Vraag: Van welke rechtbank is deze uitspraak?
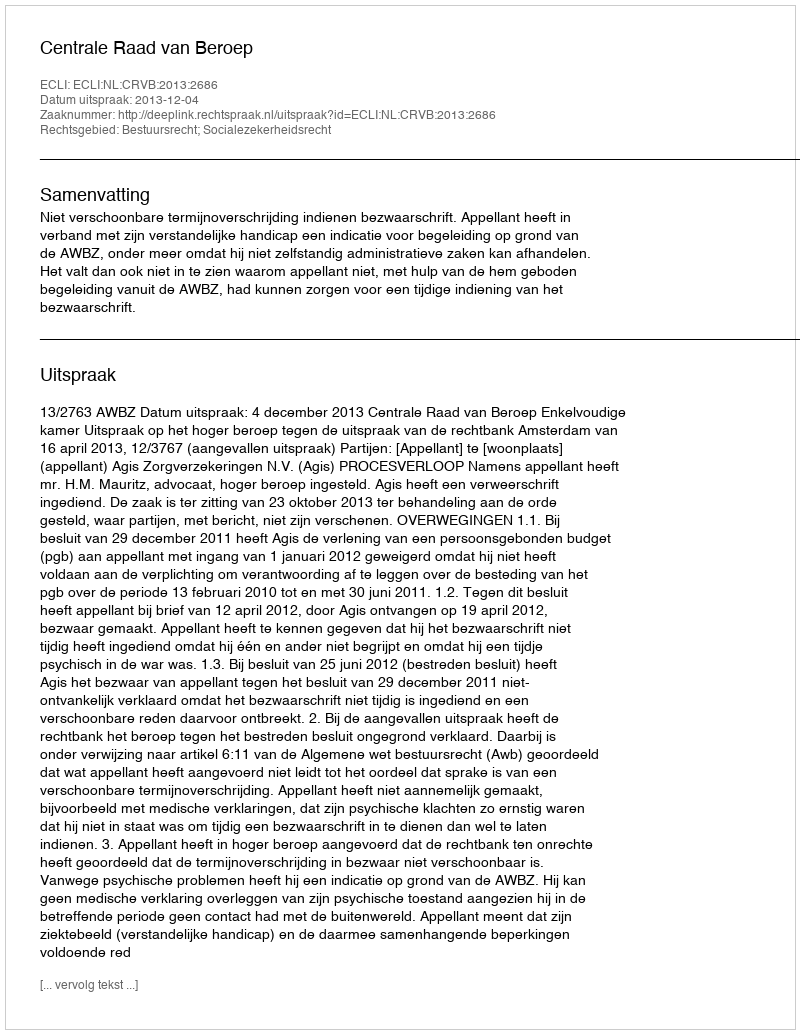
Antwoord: Centrale Raad van Beroep